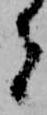
者